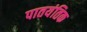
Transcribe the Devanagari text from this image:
पातयंतिक